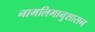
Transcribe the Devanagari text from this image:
नामलिगानुशासन